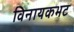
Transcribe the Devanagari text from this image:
विनायकभट